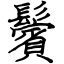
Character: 鬢